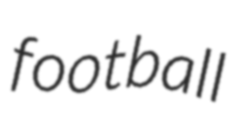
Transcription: football